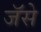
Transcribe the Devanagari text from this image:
जॅसे